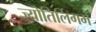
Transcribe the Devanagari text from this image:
ज्योतिर्लिगमें